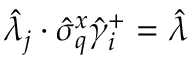
\hat { \lambda } _ { j } \cdot \hat { \sigma } _ { q } ^ { x } \hat { \gamma } _ { i } ^ { + } = \hat { \lambda }